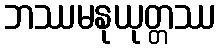
ဘဿမနုယုတ္တဿ